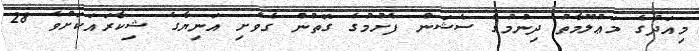
މިއަދުގެ މަޢުލޫމާތު ދިނުމުގެ ސެޝަން ފެށުމުގެ ގޮތުން ގެވެށި އަނިޔާގެ ޝިކާރައަކަށްވެ 28